King Institute of Preventive Medicine Micro-Biological Section reports 1912-19
Year: 1912
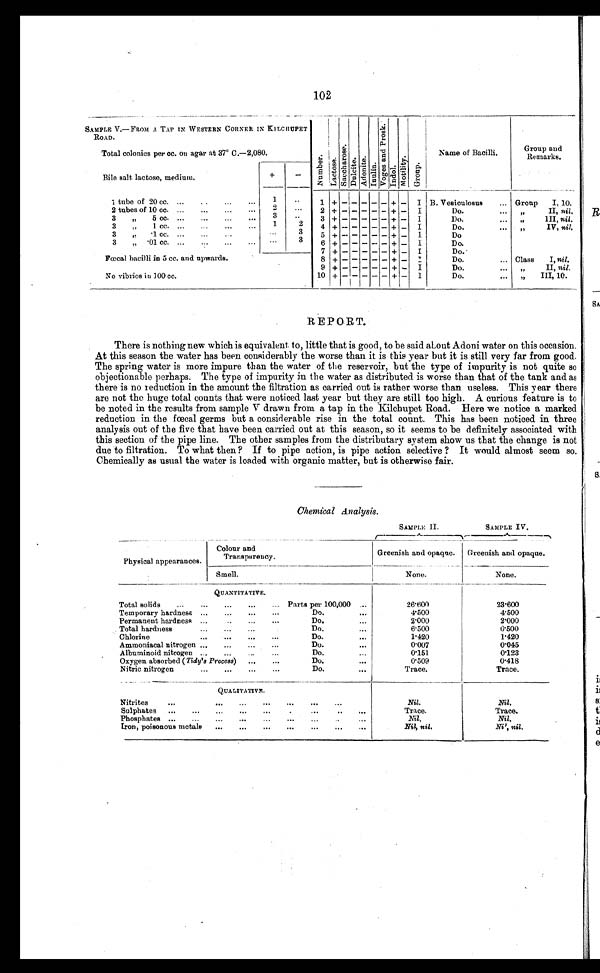
102
SAMPLE V.—FROM A TAP IN WESTERN CORNER IN KILCHUPET
ROAD.
N u m b e r . La c t o s e . S a c c h a r o s e . Dul c i t e . Adoni t e.
Inul i n. Vo g e s a n d P r o s k . Indol. Mot i l i t y. Group.
Name of Bacilli.
Group and
Remarks.
Total colonies per cc. on agar at 37° C.—2,080.
Bile salt lactose, medium.
+
-
1 tube of 20 cc. ...
...
...
...
1
. .
1 + - - - - - + - I B. Vesiculosus
... Group I, 10.
2 tubes of 10 cc. ...
...
...
...
2
. .
2 + - - - - - + - I
Do.
„
II,
nil.
3
„
5 cc. ...... ...
3
. .
3 + - - - - - + - I
Do.
„
III,
nil.
3
„
1. cc. ...
.....
1
2
4 + -- - - - - + - I
Do.
„
IV,
nil.
3
„
1. cc. ...
...
. . .
3
5 + - - - - - + - I
Do.
3
„
.01 cc. ...
...
...
...
. . .
3
6 + - - - - -
+ - I
Do.
7
+ - -
- - - + - I
D o .
Fœcal bacilli in 5 cc. and upwards.
8 + - -
- - - + - I
Do.
... Class I, nil.
9
+ - -
- - - + - I
Do.
„
II,
nil.
No vibrios in 100 cc.
10
+ -
-
- - - + -
I
Do.
„
III,
10.
REPORT.
There is nothing new which is equivalent to, little that is good, to be said about Adoni water on this occasion.
At this season the water has been considerably the worse than it is this year but it is still very far from good.
The spring water is more impure than the water of the reservoir, but the type of impurity is not quite so
objectionable perhaps. The type of impurity in the water as distributed is worse than that of the tank and as
there is no reduction in the amount the filtration as carried out is rather worse than useless. This year there
are not the huge total counts that were noticed last year but they are still too high. A curious feature is to
be noted in the results from sample V drawn from a tap in the Kilchupet Road. Here we notice a marked
reduction in the fœcal germs but a considerable rise in the total count. This has been noticed in three
analysis out of the five that have been carried out at this season, so it seems to be definitely associated with
this section of the pipe line. The other samples from the distributary system show us that the change is not
due to filtration. To what then? If to pipe action, is pipe action selective ? It would almost seem so.
Chemically as usual the water is loaded with organic matter, but is otherwise fair.
Chemical analysis.
SAMPLE II.
SAMPLE IV.
Physical appearances.
Colour and
Transparency.
Greenish and opaque.
Greenish and opaque.
Smell.
None.
None.
QUANTITATIVE.
Total solids
...
...
...
... Parts per 100,000
. . .
26.600
23.600
Temporary hardness ...
...
...
...
Do.
...
4.500
4.500
Permanent hardness ...
...
Do.
2.000
2.000
Total hardness...
...
Do.
...
6.500
6.500
Chlorine
...
...
Do.
. . .
1.420
1.420
Ammoniacal nitrogen ...
...
...
...
Do.
. . .
0.007
0.045
Albuminoid nitrogen ...
...
...
...
Do.
...
0.151
0 . 1 2 3
Oxygen absorbed ( Tidy's Process)
...
...
Do.
...
0.509
0.418
Nitric nitrogen
...
...
Do.
...
Trace.
Trace.
QUALITATIVE.
Nitrites
...
...
...
...
...
...
...
Nil.
Nil.
Sulphates
...
...
..
...
Trace.
Trace.
Phosphates ...
...
...
......
...
N i l .
Nil.
Iron, poisonous metals
...
...
...
...
. . . . . .
Nil, nil.
Nil, nil.